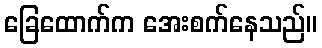
ခြေထောက်က အေးစက်နေသည်။